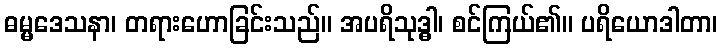
ဓမ္မဒေသနာ၊ တရားဟောခြင်းသည်။ အပရိသုဒ္ဓါ၊ စင်ကြယ်၏။ ပရိယောဒါတာ၊